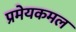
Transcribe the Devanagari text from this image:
प्रमेयकमल